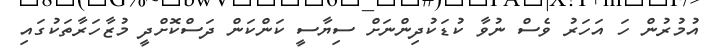
އުމުރުން ހަ އަހަރު ވެސް ނުވާ ކުޑަކުދިންނަށް ސިޔާސީ ކަންކަން ދަސްކޮށްދީ މުޒާހަރާތަކުގައި